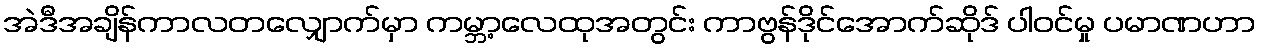
အဲဒီအချိန်ကာလတလျှောက်မှာ ကမ္ဘာ့လေထုအတွင်း ကာဗွန်ဒိုင်အောက်ဆိုဒ် ပါဝင်မှု ပမာဏဟာ